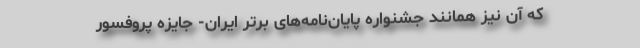
که آن نیز همانند جشنواره پایان‌نامه‌های برتر ایران- جایزه پروفسور